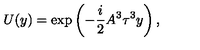
U ( y ) = \exp \left( - \frac { i } { 2 } A ^ { 3 } \tau ^ { 3 } y \right) ,